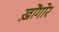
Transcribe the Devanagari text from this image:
ख़ोंगोर